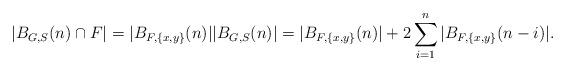
LaTeX: \begin{align*} |B_{G,S}(n) \cap F| = |B_{F,\{x,y\}}(n)| |B_{G,S}(n)| = |B_{F,\{x,y\}}(n)| + 2 \sum_{i=1}^{n} |B_{F,\{x,y\}}(n-i)|. \end{align*}